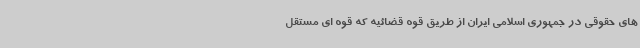
های حقوقی در جمهوری اسلامی ایران از طریق قوه قضائیه که قوه ای مستقل